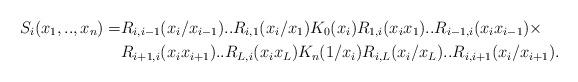
LaTeX: \begin{align*}S_i(x_1,..,x_n)=& R_{i,i-1}(x_i/x_{i-1})..R_{i,1}(x_i/x_{1}) K_0(x_i) R_{1,i}(x_i x_1)..R_{i-1,i}(x_i x_{i-1}) \times \\& R_{i+1,i}(x_i x_{i+1})..R_{L,i}(x_i x_L) K_n(1/x_i) R_{i,L}(x_i/x_{L})..R_{i,i+1}(x_i/x_{i+1}).\end{align*}